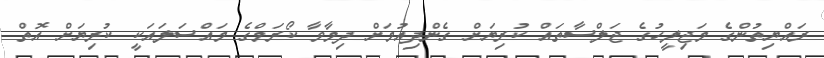
ރައްޔިތުންގެ މަޖިލީހުގެ ޖަލްސާތައް ކުރިޔަށް ގެންދިއުމަށް ދިމާވާ ކޯރަމްގެ މައްސަލައަކީ ކުރިޔަށް އޮތް